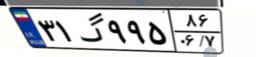
۴۶گ۶۴۱۸۲